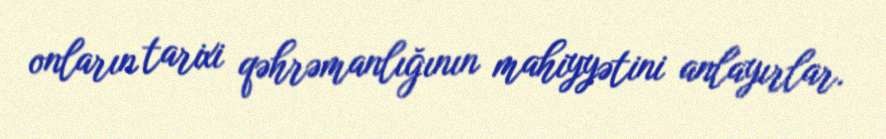
onların tarixi qəhrəmanlığının mahiyyətini anlayırlar.